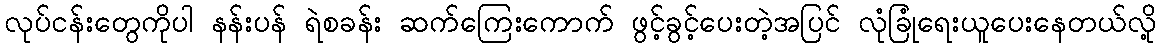
လုပ်ငန်းတွေကိုပါ နန်းပန် ရဲစခန်း ဆက်ကြေးကောက် ဖွင့်ခွင့်ပေးတဲ့အပြင် လုံခြုံရေးယူပေးနေတယ်လို့